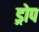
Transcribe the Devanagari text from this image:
ड्रोप